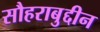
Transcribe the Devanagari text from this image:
सौहराबुद्दीन